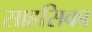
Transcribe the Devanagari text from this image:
साहसिका